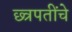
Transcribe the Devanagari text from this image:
छ्त्रपतींचे